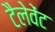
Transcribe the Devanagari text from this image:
टैलेवेंट